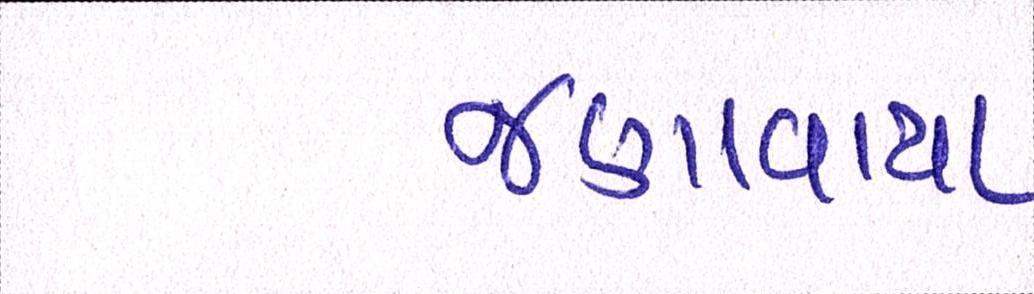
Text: જણાવાયા